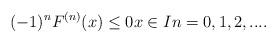
LaTeX: \begin{align*}(-1)^{n}F^{(n)}(x)\leq 0x\in In=0,1,2,....\end{align*}